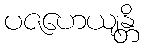
ပဇဟေယျန္တိ